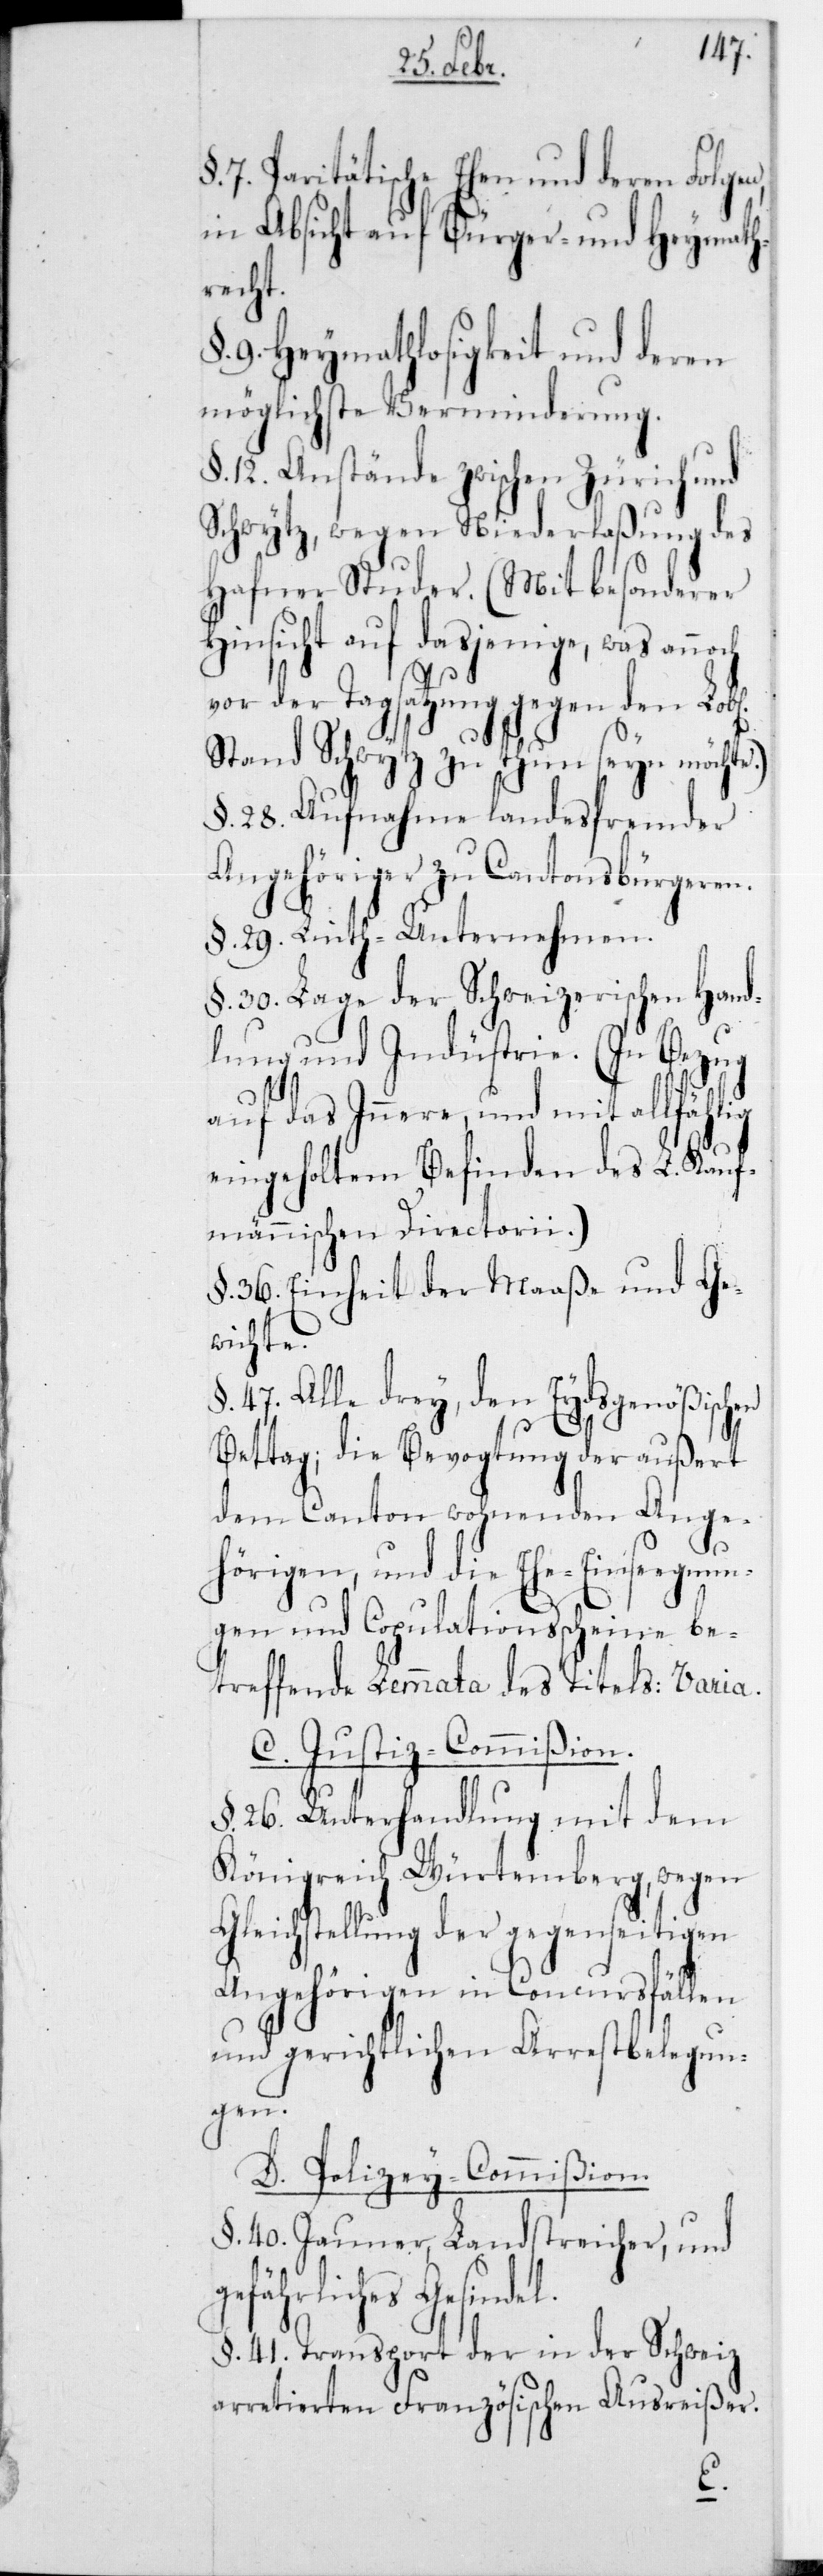
§ 7. Paritätische Ehen und deren Folgen,
in Absicht auf Bürger- und Heymath¬
recht.
§ 9. Heymathlosigkeit und deren
möglichste Verminderung.
§ 12. Anstände zwischen Zürich und
Schwytz, wegen Niederlaßung des
Hafner Studer. (Mit besonderer
Hinsicht auf dasjenige, was an¬
vor der Tagsatzung gegen den Lobl.
Stand Schwytz zu thun seyn möcht¬
§ 28. Aufnahme landesfremder
Angehöriger zu Cantonsbürgeren.
§ 29. Linth-Unternehmen.
§ 30. Lage der Schweizerischen Hand¬
lung und Indüstrie. (In Bezug
auf das Innere, und mit allfählig
eingeholtem Befinden des L. Kauf¬
männischen Directorii).
§ 36. Einheit der Maaße und Ge¬
wichte.
§ 47. Alle drey, den Eydsgenößischen
Bettag, die Bevogtung der außert
dem Canton wohnenden Ange¬
hörigen, und die Ehe-Einsegnun¬
gen und Copulationsscheine be¬
treffende Lemmata des Titels: Varia.
C. JustizCommißion.
§ 26. Unterhandlung mit dem
Königreich Wütemberg, wegen
Gleichstellung der gegenseitigen
Angehörigen in Concursfällen
und gerichtlichen Arrestbelegun¬
gen.
D. Polizey-Commißion.
§ 40. Jauner, Landstreicher, und
gefährliches Gesindel.
§ 41. Transport der in der Schweiz
arretierten Französischen Ausreißer.